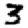
Digit: 3